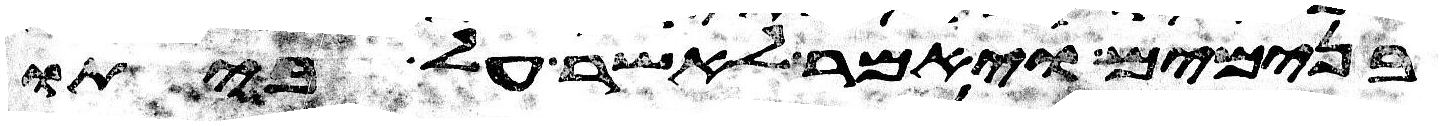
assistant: בנימים ויאמר לאשר על ביתו